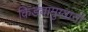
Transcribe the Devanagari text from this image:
किड्यामुग्यानी